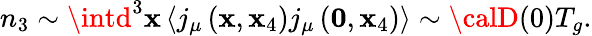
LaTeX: n_{3}\sim\intd^{3}\mathbf{x}\left<j_{\mu}\left({\mathbf{\mathbf{x}}},\mathbf{x}_{4}\right)j_{\mu}\left({\mathbf{0}},\mathbf{x}_{4}\right)\right>\sim{\calD}(0)T_{g}.